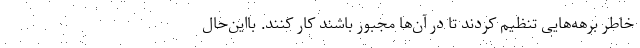
خاطر برهه‌هایی تنظیم کردند تا در آن‌ها مجبور باشند کار کنند. بااین‌حال